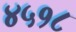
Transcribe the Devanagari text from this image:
४५१८